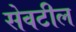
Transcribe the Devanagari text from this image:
सेवटील